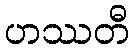
ဟဿတီ